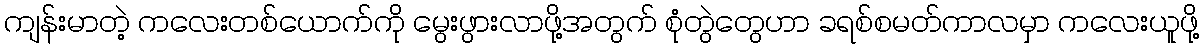
ကျန်းမာတဲ့ ကလေးတစ်ယောက်ကို မွေးဖွားလာဖို့အတွက် စုံတွဲတွေဟာ ခရစ်စမတ်ကာလမှာ ကလေးယူဖို့